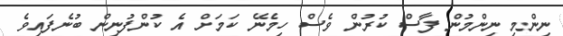
ނިންމި ނިންމުން ފާސް ކުރުން ވެސް ހިމެނޭ ކަމަށް އެ ކުންފުނިން ބުނެފައިވެ